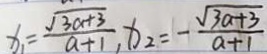
x _ { 1 } = \frac { \sqrt { 3 a + 3 } } { a + 1 } , x _ { 2 } = - \frac { \sqrt { 3 a + 3 } } { a + 1 }